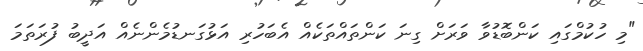
"މި ހުކުމްގައި ކަންބޮޑުވާ ވަރަށް ގިނަ ކަންތައްތަކެއް އެބަހުރި އަޅުގަނޑުމެންނެއް އަދީބު ފުރަތަމަ